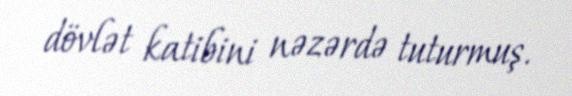
dövlət katibini nəzərdə tuturmuş.